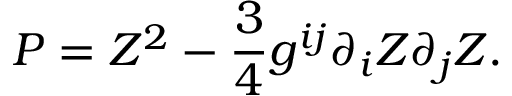
P = Z ^ { 2 } - { \frac { 3 } { 4 } } g ^ { i j } \partial _ { i } Z \partial _ { j } Z .